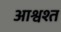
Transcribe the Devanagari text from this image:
आश्वश्त